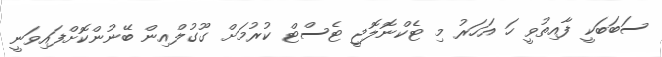
ސަބަބަކީ ފާއިތުވީ ހަ އަހަރު މި ޓެކްނޮލޮޖީ ޓެސްޓް ކުރުމަށް ގޫގުލްއިން ބޭނުންކޮށްފައިވަނީ